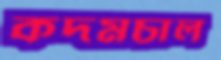
কদমচাল